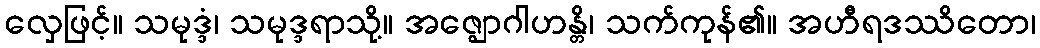
လှေဖြင့်။ သမုဒ္ဒံ၊ သမုဒ္ဒရာသို့။ အဇ္ဈောဂါဟန္တိ၊ သက်ကုန်၏။ အဟီရဒဿိတော၊